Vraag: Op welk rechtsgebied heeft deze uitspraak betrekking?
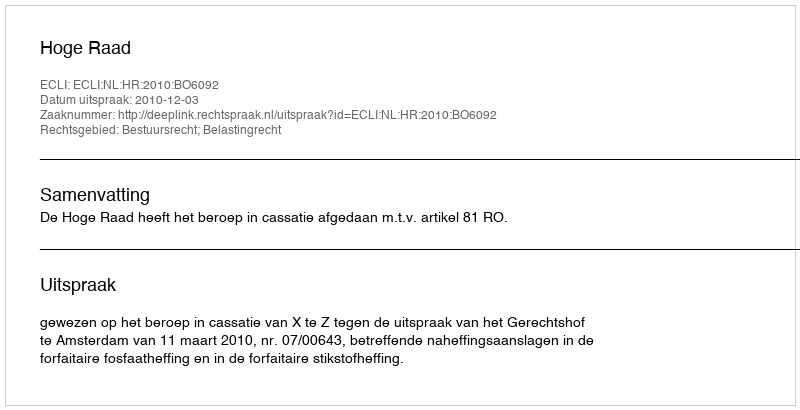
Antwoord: Bestuursrecht; Belastingrecht